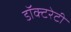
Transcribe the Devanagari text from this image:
डॉक्टरेटी